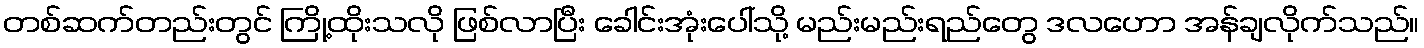
တစ်ဆက်တည်းတွင် ကြို့ထိုးသလို ဖြစ်လာပြီး ခေါင်းအုံးပေါ်သို့ မည်းမည်းရည်တွေ ဒလဟော အန်ချလိုက်သည်။